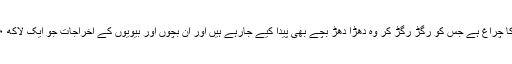
مجھے تو لگتا سردار صاحب کے پاس الہ دین کا چراغ ہے جس کو رگڑ رگڑ کر وہ دھڑا دھڑ بچے بھی پیدا کیے جارہے ہیں اور ان بچوں اور بیویوں کے اخراجات جو ایک لاکھ ۲۰ ہزار ہیں وہ بھی بخوبی پورے کر رہے ہیں ۔